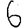
Digit: 6